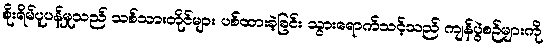
စိုးရိမ်ပူပန်မှုသည် သစ်သားတိုင်များ ပစ်ထားခဲ့ခြင်း သွားရောက်သင့်သည် ကျန်ပွဲစဉ်များကို